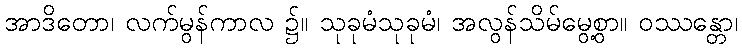
အာဒိတော၊ လက်မွန်ကာလ ၌။ သုခုမံသုခုမံ၊ အလွန်သိမ်မွေ့စွာ။ ဝဿန္တော၊